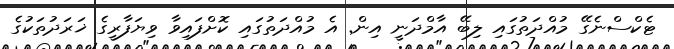
ޓެކްސްނެގޭ މުއްދަތުގައި ލިބޭ އާމްދަނީ އިން